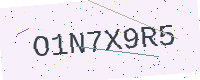
Text: O1N7X9R5